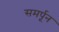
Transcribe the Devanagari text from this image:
समर्पून